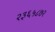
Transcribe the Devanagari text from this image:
२३६५८७२